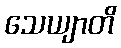
သေယျာတိ